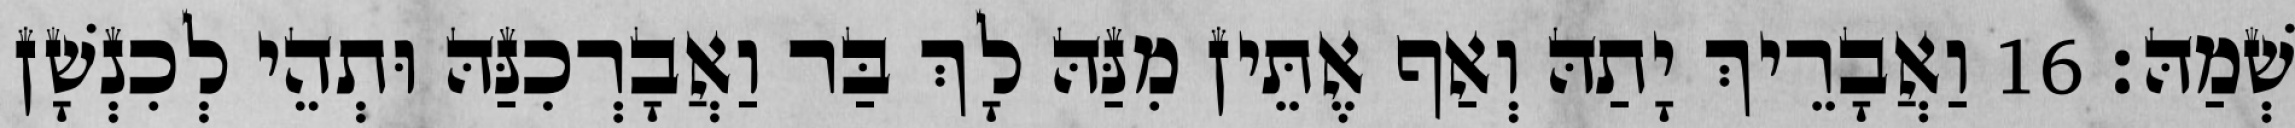
שְׁמַהּ׃ 16 וַאֲבָרֵיךְ יָתַהּ וְאַף אֶתֵּין מִנַּהּ לָךְ בַּר וַאֲבָרְכִנַּהּ וּתְהֵי לְכִנְשָׁן